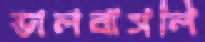
ভালবাসলি